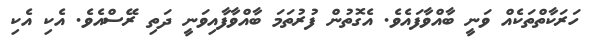
ހަރަކާތްތަކެއް ވަނީ ބާއްވާފައެވެ. އެގޮތުން ފުރުތަމަ ބާއްވާފާއިވަނީ ދަތި ރޭސްއެވެ. އެކި އެކި